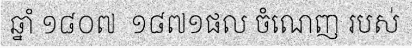
ឆ្នាំ ១៨០៧  ១៨៧១ផល ចំណេញ របស់